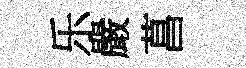
乐嚴菖